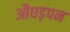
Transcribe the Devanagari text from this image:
औघड़पन